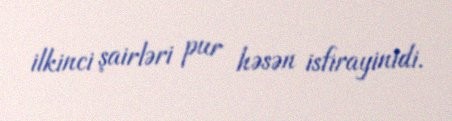
ilkinci şairləri pur həsən isfirayinidi.